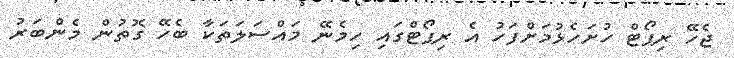
ޖެހޭ ރިޕޯޓް ހުށަހެޅުމަށްފަހު އެ ރިޕޯޓްގައި ހިމެނޭ މައްސަލަތަކާ ބެހޭ ގޮތުން މެންބަރު